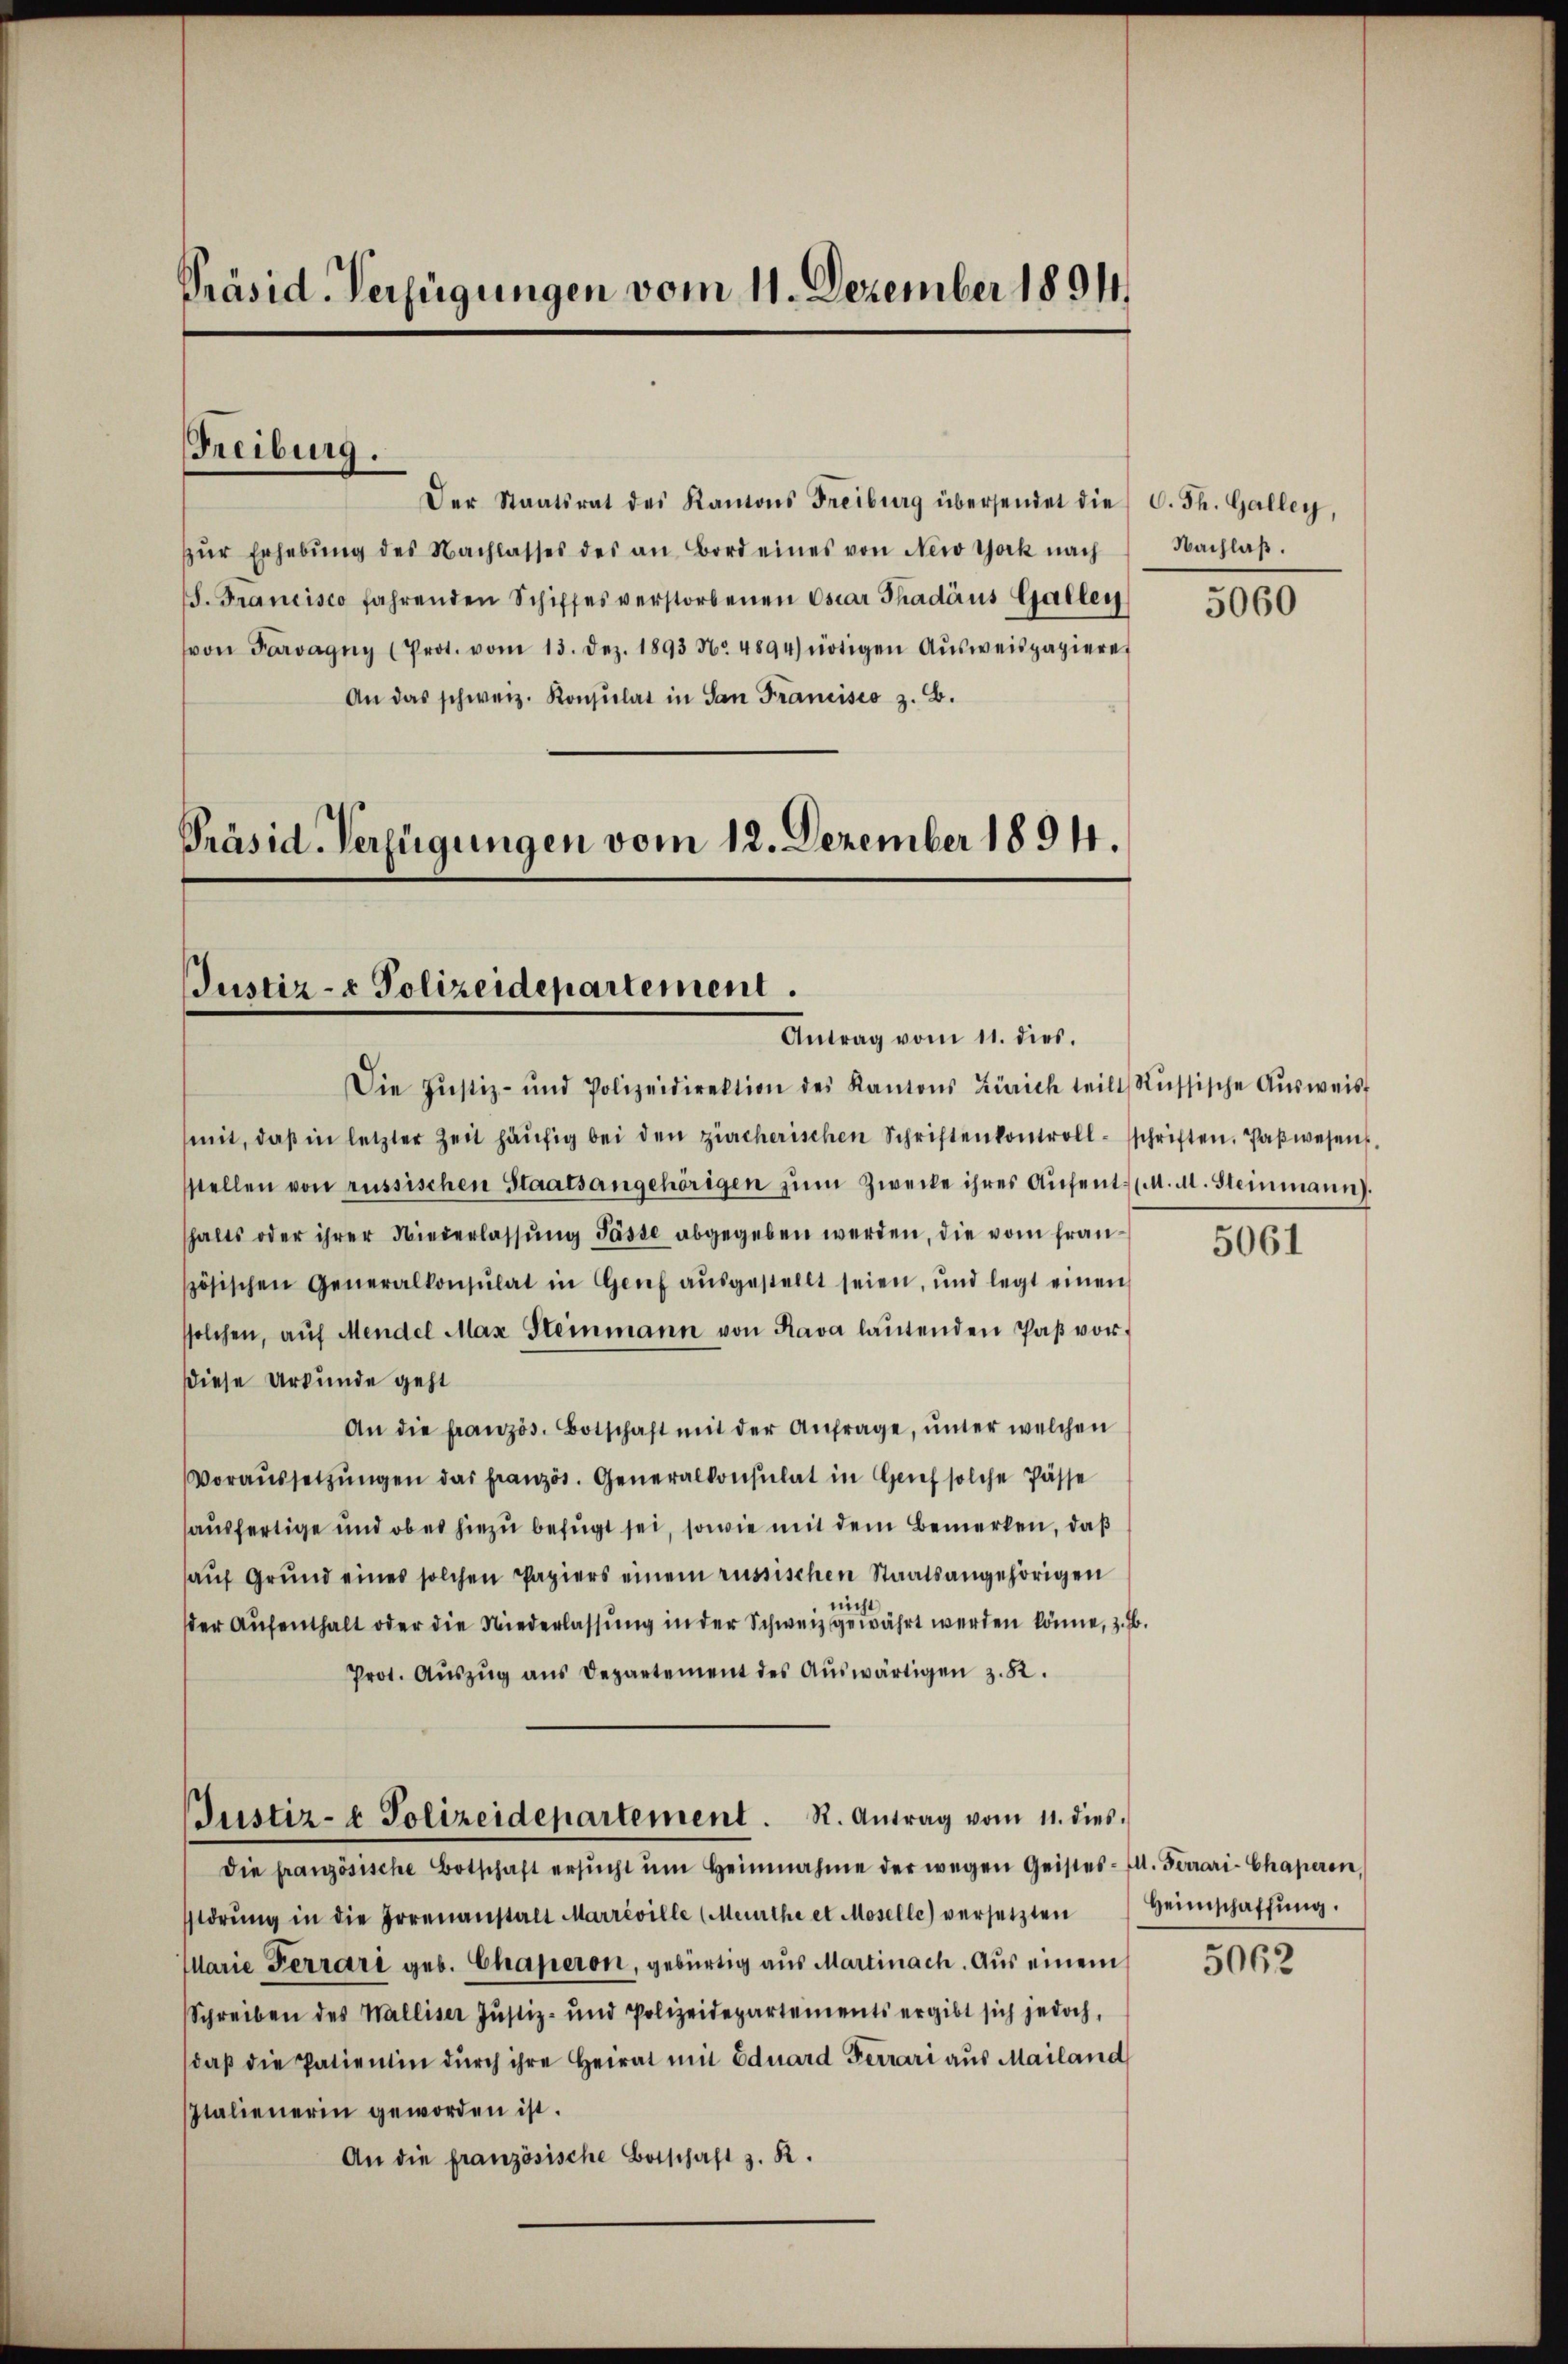
Präsid. Verfügungen vom 11. Dezember 1894

Freiburg.

Der Staatsrat des Kantons Freiburg übersendet die C. Th. Galley,
zŭr Erhebŭng des Nachlasses des an Bord eines von New York nach
S. Francisco fahrenden Schiffes verstorbenen osiar Thadäus Gallen
von Parvagny (Prot. vom 13. Dez. 1893 No 4894) nötigen Aŭsweispapiere
An das schweiz. Konsulat in San Francisco z. B.

Justiz- & Polizeidepartement.
Antrag vom 11. dies.

Präsid. Verfügungen vom 12. Dezember 1894.

Die Justiz- und Polizeidirektion des Kantons Zürich teilt, Russische Aŭsweis
mit, daβ in letzter Zeit häufig bei den zürcherischen Schriftenkontroll schriften. Paβwesen,
sstellen von russischen Staatsangehörigen zŭm Zwecke ihres Aŭfentl. A. Steinmann.
halts oder ihrer Niederlassŭng Pässe abgegeben werden, die vom französischen Generalkonsulat in Genf aŭsgestellt seien, und legt einen
solchen, aŭf Mendel Max Steinmann von Rava laŭtenden Paβ vordiese Urkunde geht
An die französ. Botschaft mit der Anfrage, ŭnter welchen
Voraŭssetzŭngen das französ. Generalkonsulat in Grief solche Pässe
ausfertige und ob er hiezu befugt sei, sowie mit dem Bemerken, daß
aŭf Grŭnd eines solchen Papiers einem russischen Staatsangehörigen
lich
der Aufenthalt oder die Niederlassung in der Schweiz gewährt werden könne, z.b.
Prot. Aŭszŭg ans Departement des Auswärtigen z. B.
Justiz- & Polizeidepartement. R. Antrag vom 11. dies
die französische Botschaft ersŭcht ŭm Heinnahme der wegen Geistes- Ill. Ferrari-Chaperon
störŭng in die Irrenanstalt Marréville (Meurthe et Moselle) versetzten Heimschaffŭng.
Marie Ferrari geb. Chaperon, gebürtig aus Martinach. Aus einem
Schreiben des Walliser Justiz- und Polizeidepartements ergibt sich jedoch,
daβ die Patientin durch ihre Heirat mit Eduard Ferrari aus Mailand
Italienerin geworden ist.
An die französische Botschaft z. R.

Nachlaß.

5060

5061

5062